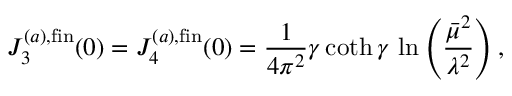
J _ { 3 } ^ { ( a ) , \mathrm { f i n } } ( 0 ) = J _ { 4 } ^ { ( a ) , \mathrm { f i n } } ( 0 ) = { \frac { 1 } { 4 \pi ^ { 2 } } } \gamma \coth \gamma \, \ln \left( { \frac { \bar { \mu } ^ { 2 } } { \lambda ^ { 2 } } } \right) ,